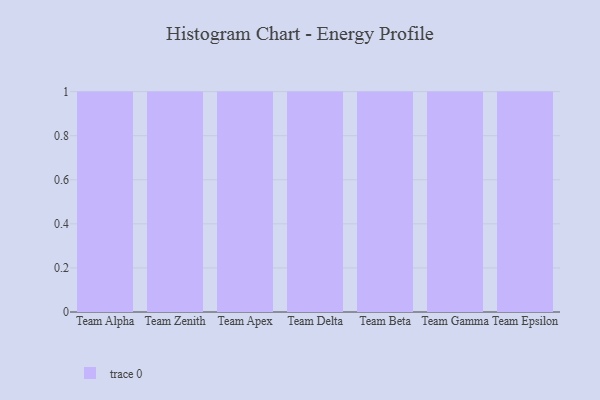
{"axis": {"x": "Team", "y": "Website Visitors"}, "legend": [""], "data": [{"x": "Team Alpha", "y": 89, "type": ""}, {"x": "Team Zenith", "y": 64, "type": ""}, {"x": "Team Apex", "y": 17, "type": ""}, {"x": "Team Delta", "y": 99, "type": ""}, {"x": "Team Beta", "y": 60, "type": ""}, {"x": "Team Gamma", "y": 71, "type": ""}, {"x": "Team Epsilon", "y": 61, "type": ""}]}